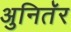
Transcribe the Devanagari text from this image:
अुनितॅर